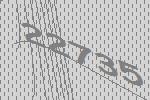
22735